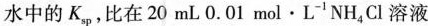
水中的K_{sp}，比在20mL0.01mol \cdot L^{-1} NH_{4}Cl溶液